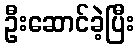
ဦးဆောင်ခဲ့ပြီး